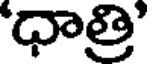
'ధాత్రి'